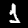
Label: 1